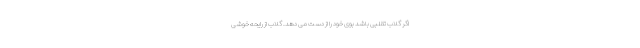
اگر گلاب تقلبی باشد بوی خود را از دست می دهد. گلاب از رایحه خوشی